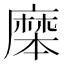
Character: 𪎝